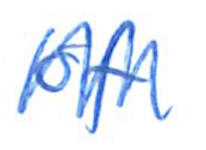
Text: of
Cross-out: zig-zag
Writing tool: ballpoint